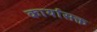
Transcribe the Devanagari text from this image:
कार्यासक्त